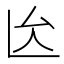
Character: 𠫙